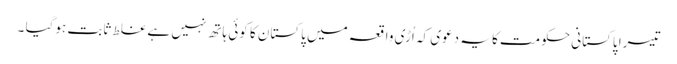
تیسرا پاکستانی حکومت کا یہ دعوی کہ اُڑی واقعہ میں پاکستان کا کوئی ہاتھ نہیں ہے غلط ثابت ہوگیا ۔